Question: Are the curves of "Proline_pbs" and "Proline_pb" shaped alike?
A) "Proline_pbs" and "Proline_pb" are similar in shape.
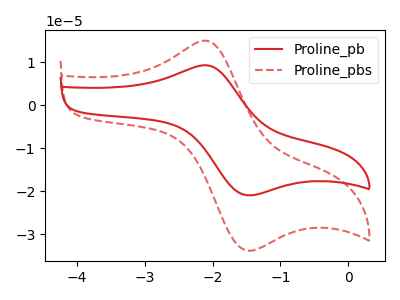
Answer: <think>The red curve "Proline_pb" has an anodic peak at (-2.10V, 9.30uA) and a cathodic peak at (-1.55V, -20.80uA). The red dashed curve "Proline_pbs" has an anodic peak at (-2.10V, 15.00uA) and a cathodic peak at (-1.55V, -33.60uA).
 All the peaks in "Proline_pbs" have a peak in "Proline_pb" at the same potential. Every peak in "Proline_pbs" is higher than every peak in "Proline_pb".</think>
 <answer>A) "Proline_pbs" and "Proline_pb" are similar in shape.</answer>
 <eval>A</eval>